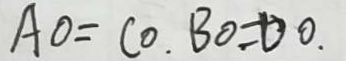
A O = C O . B O = D O .